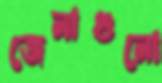
জেলাগুলো